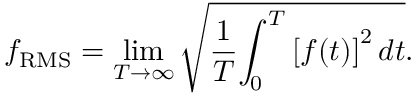
f _ { \mathrm { R M S } } = \operatorname* { l i m } _ { T \rightarrow \infty } { \sqrt { { \frac { 1 } { T } } { \int _ { 0 } ^ { T } { [ f ( t ) ] } ^ { 2 } \, d t } } } .